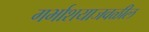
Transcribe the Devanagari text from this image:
गर्भाशयाजवळील